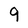
Character: 9